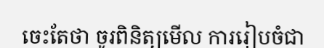
ចេះតែថា ចូរពិនិត្យមើល ការរៀបចំជា